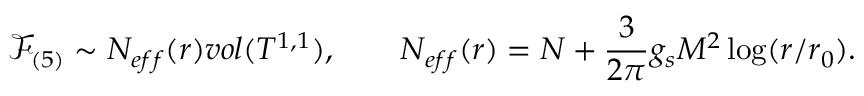
\mathcal { F } _ { ( 5 ) } \sim N _ { e f f } ( r ) v o l ( T ^ { 1 , 1 } ) , \qquad N _ { e f f } ( r ) = N + { \frac { 3 } { 2 \pi } } g _ { s } M ^ { 2 } \log ( r / r _ { 0 } ) .